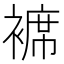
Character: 褯